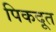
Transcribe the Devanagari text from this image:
पिकदूत